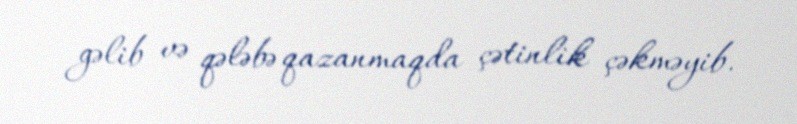
gəlib və qələbə qazanmaqda çətinlik çəkməyib.